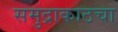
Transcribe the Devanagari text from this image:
समुद्राकाठचा